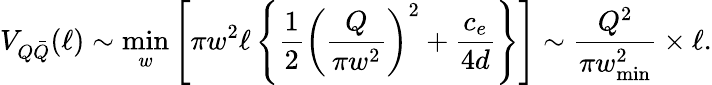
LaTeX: V_{Q\bar{Q}}(\ell)\sim\operatorname*{min}_{w}\left[\pi w^{2}\ell\left\{ \frac{1}{2}\left(\frac{Q}{\pi w^{2}}\right)^{2}+\frac{c_{e}}{4d}\right\} \right]\sim\frac{Q^{2}}{\pi w_{\mathrm{min}}^{2}}\times\ell.